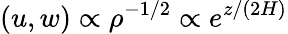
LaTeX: (u,w)\propto\rho^{-1/2}\propto e^{z/(2H)}